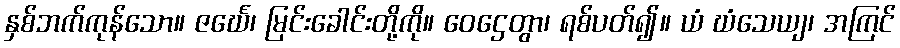
နှစ်ဘက်ကုန်သော။ ဇင်္ဃေ၊ မြင်းခေါင်းတို့ကို။ ဝေဌေတွာ၊ ရစ်ပတ်၍။ ယံ ဃံသေယျ၊ အကြင်